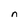
Character: n